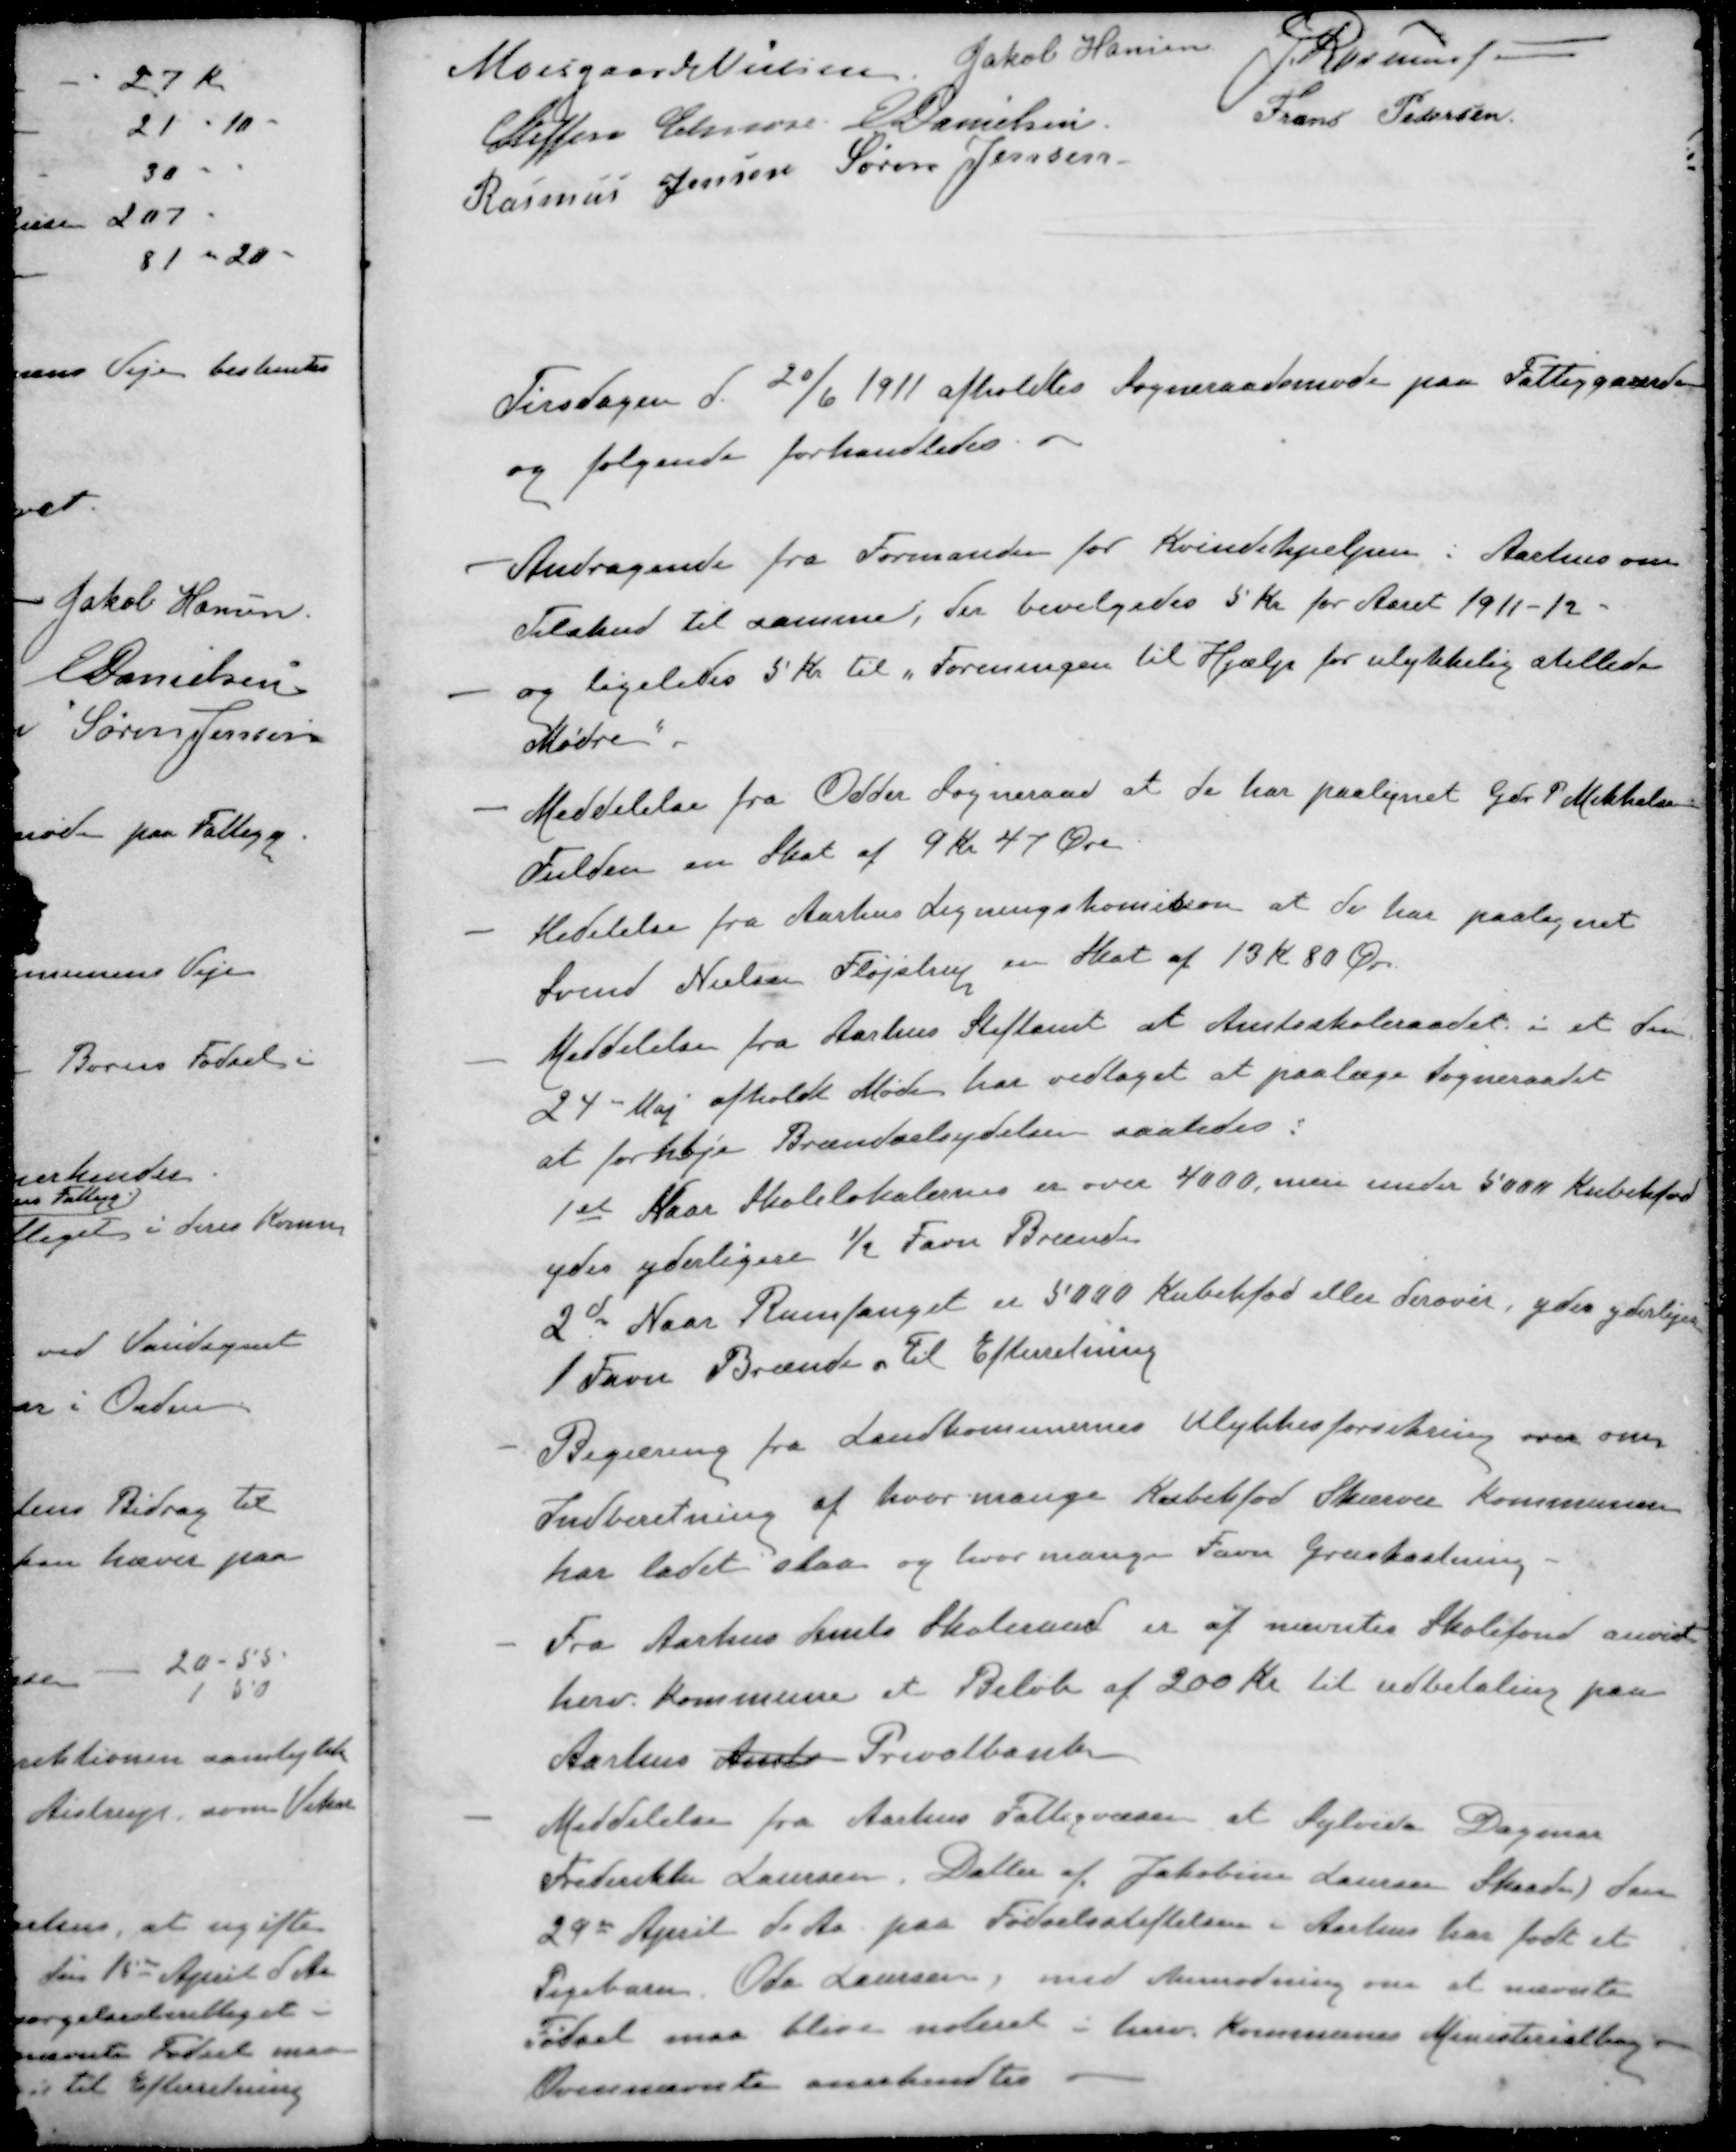
Transskription:
Moesgaard Nielsen
Jakob Hansen
J. Rasmussen
Steffen Elmose
E Danielsen
Frans Pedersen
Rasmus Jensen
Søren Jensen
Tirsdagen d. 20/6 1911 afholdtes Sogneraadsmøde paa Fattiggaarden
og følgende forhandledes.
- Andragende fra Formanden for Kvindehjælpen i Aarhus om
Tilskud til samme, der bevilgedes 5 Kr for Aaret 1911-12
- og ligeledes 5 Kr. til „Foreningen til Hjælp for ulykkelig stillede
Mødre"
- Meddelelse fra Odder Sogneraad at de har paalignet Gdr. P Mikkelsen
Fulden en Skat af 9 Kr 47 Øre
- Medelelse fra Aarhus Ligningskomition at de har paalignet
Svend Nielsen Fløjstrup en Skat af 13 Kr 80 Øre.
- Meddelelse fra Aarhus Stiftamt at Amtsskoleraadet i et den
24 Maj afholdt Møde har vedtaget at paalæge Sogneraadet
at forhøje Brændselsydelsen saaledes:
1ste Naar Skolelokalerne er over 4000, men under 500 Kr. Kubikfod
ydes yderligere ½ Favn Brænde
2de Naar Rumfanget er 5000 Kubikfod eller derover ydes yderliger
1 Favn Brænde. Til Efterretning
- Begæring fra Landkomunernes Ulykkesforsikring over om
Indberetning af hvor mange Kubikfod Skærver Kommunen
har ladet slaa og hvor mange Favn Gruskastning.
- Fra Aarhus Amts Skoleraad er af nævntes Skolefond anvist
herv. Kommune et Beløb af 200 Kr til udbetaling paa
Aarhus Amts Privatbank
 Meddelelse fra Aarhus Fattigvæsen at Sylvide Dagmar
Frederikke Laursen, Datter af Jakobine Laursen Skaade ) den
29de April d. Aa paa Fødselsstiftelsen i Aarhus har født et
Pigebarn, Oda Laursen, med Anmodning om at nævnte
Fødsel maa blive noteret i herv. Kommune Ministerialbog
Ovennævnte anerkendtes